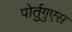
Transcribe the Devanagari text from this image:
पोर्तुगुएस